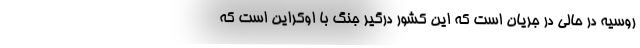
روسیه در حالی در جریان است که این کشور درگیر جنگ با اوکراین است که